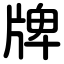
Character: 牌